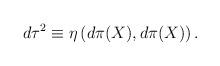
LaTeX: \begin{align*}d\tau^2 \equiv \eta\left(d\pi(X),d\pi(X)\right).\end{align*}